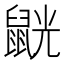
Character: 𪕓